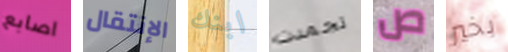
اصابع الإنتقال ابنك تجمدت ص بخير